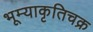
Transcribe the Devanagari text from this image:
भूम्याकृतिचक्र